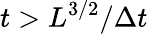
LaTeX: t>L^{3/2}/\Delta t